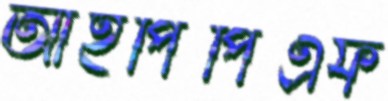
আইপিপিএফ